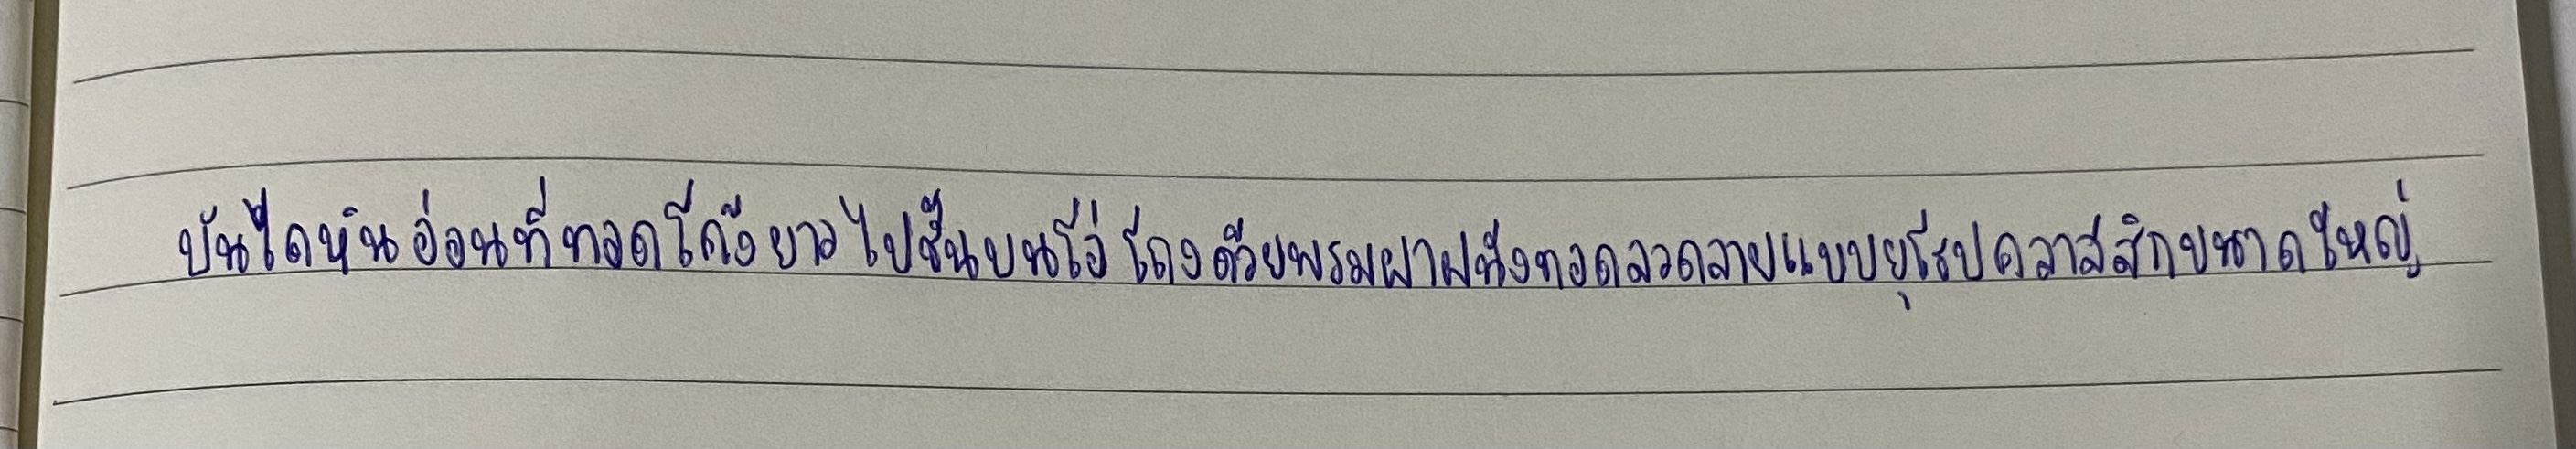
บันไดหินอ่อนที่ทอดโค้งยาวไปชั้นบนโอ่โถงด้วยพรมฝาผนังทอลวดลายแบบยุโรปคลาสสิกขนาดใหญ่